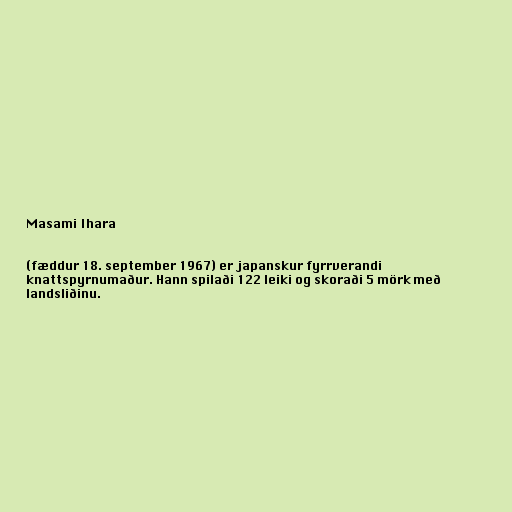
Masami Ihara

(fæddur 18. september 1967) er japanskur fyrrverandi
knattspyrnumaður. Hann spilaði 122 leiki og skoraði 5 mörk með
landsliðinu.